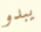
يبدو